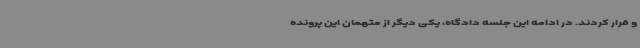
و فرار کردند. در ادامه این جلسه دادگاه، یکی دیگر از متهمان این پرونده